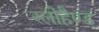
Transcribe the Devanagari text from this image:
स्लोहैण्ड